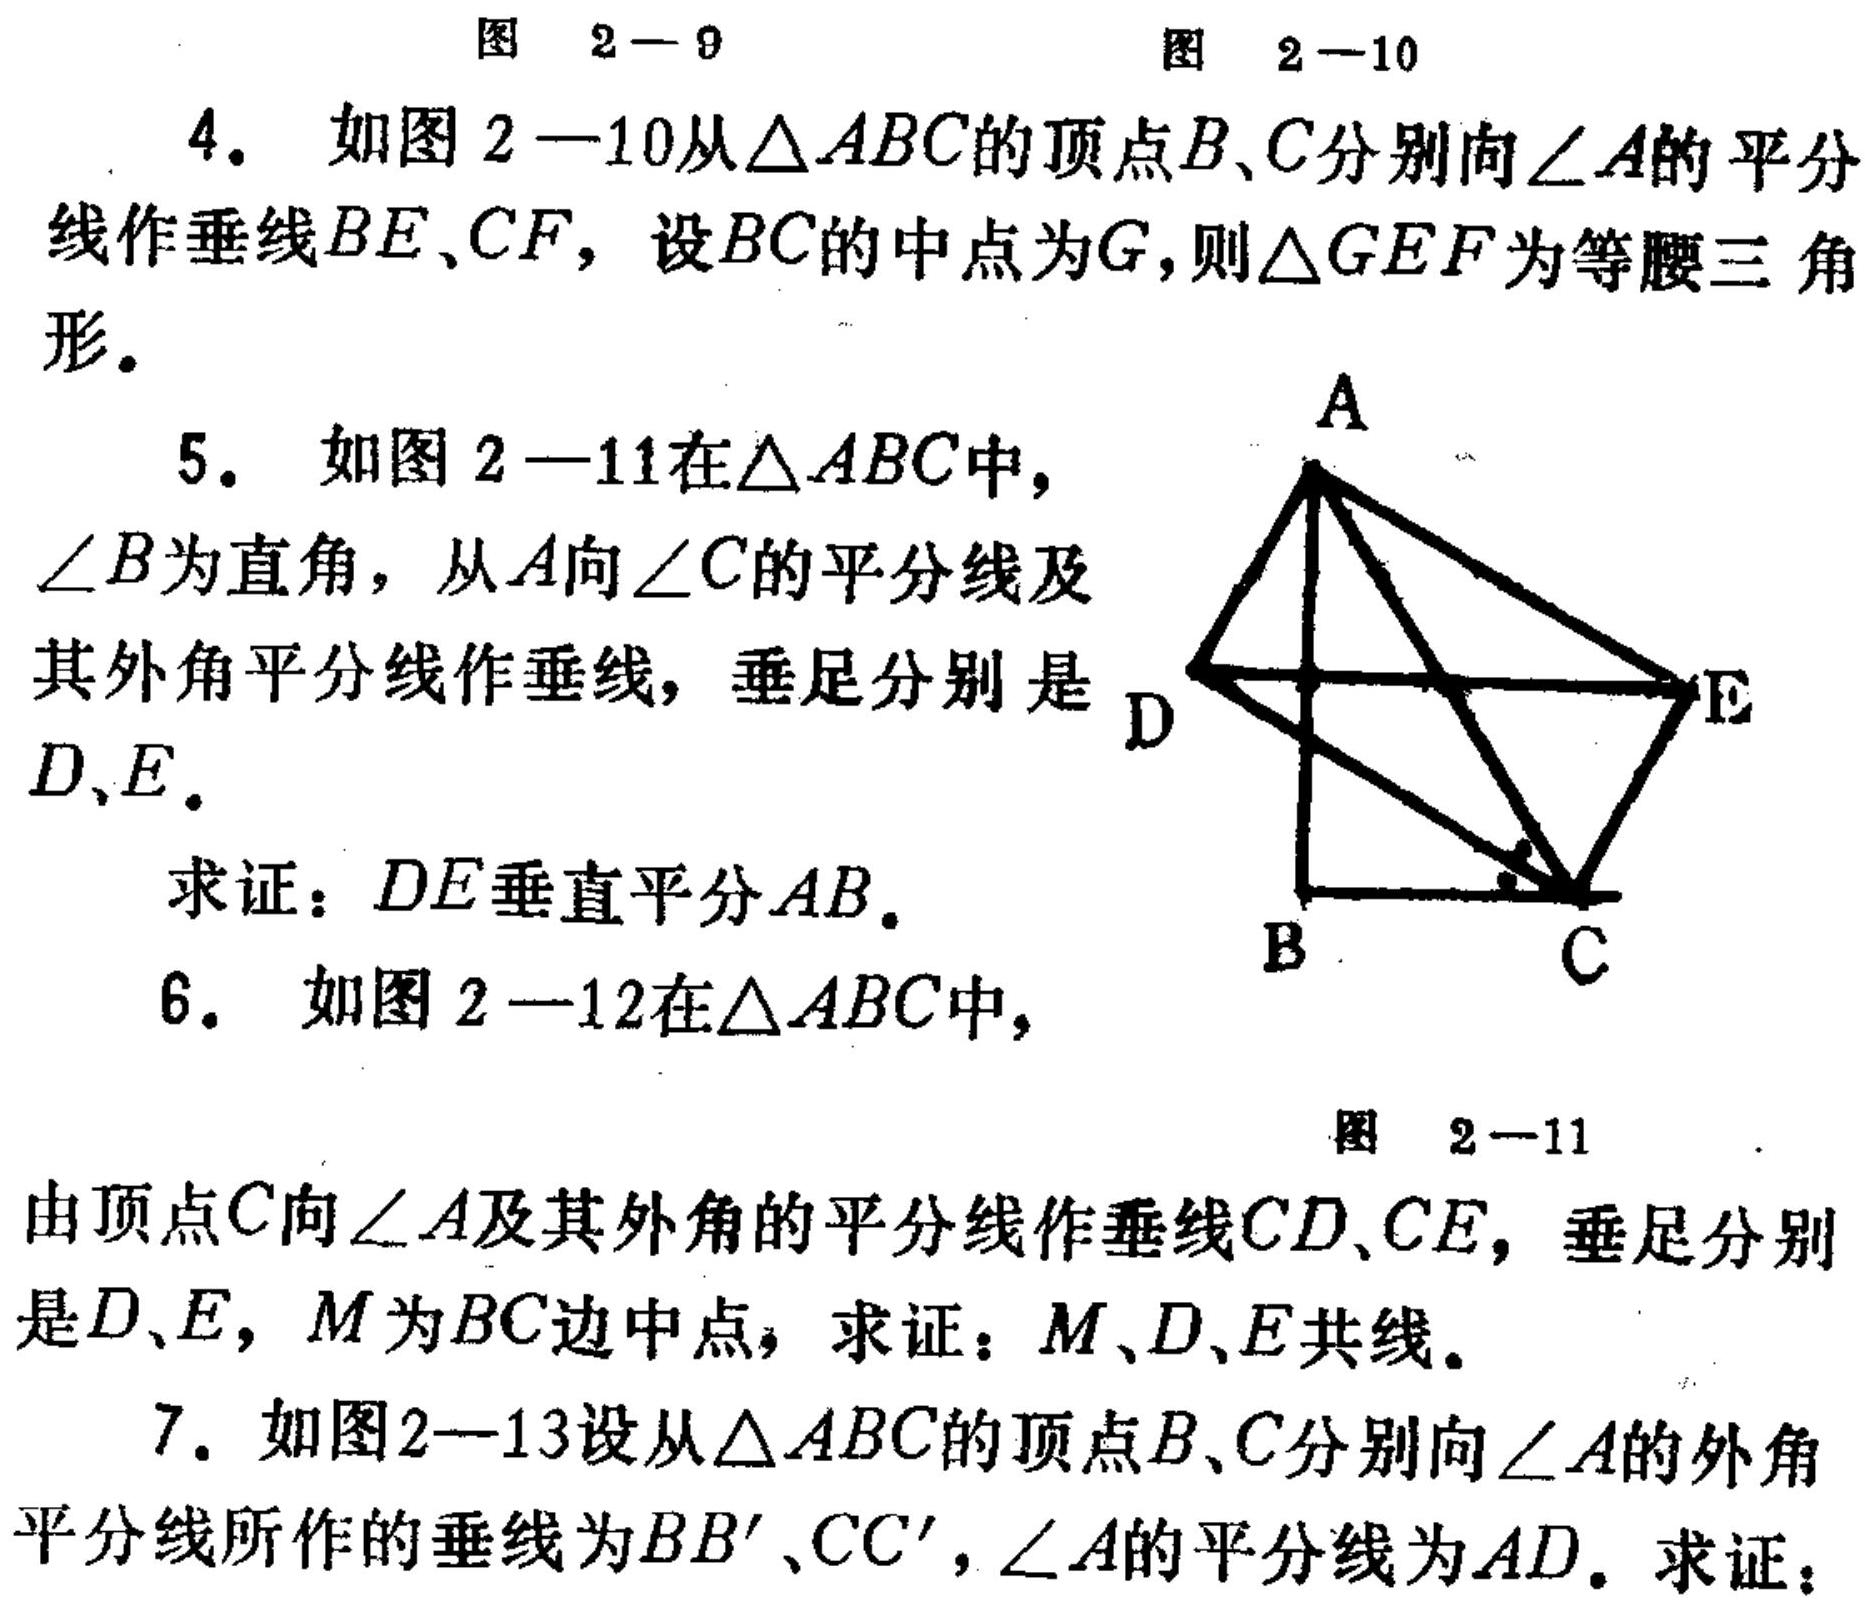
图 2 - 9  图 2 - 10
4. 如图$2 - 10$从$\triangle ABC$的顶点$B$、$C$分别向$\angle A$的平分线作垂线$BE$、$CF$，设$BC$的中点为$G$，则$\triangle GEF$为等腰三角形。
5. 如图$2 - 11$在$\triangle ABC$中，
$\angle B$为直角，从$A$向$\angle C$的平分线及其外角平分线作垂线，垂足分别是$D$、$E$.
求证：$DE$垂直平分$AB$.
6. 如图$2 - 12$在$\triangle ABC$中，
由顶点$C$向$\angle A$及其外角的平分线作垂线$CD$、$CE$，垂足分别是$D$、$E$，$M$为$BC$边中点，求证：$M$、$D$、$E$共线。
7. 如图$2 - 13$设从$\triangle ABC$的顶点$B$、$C$分别向$\angle A$的外角平分线所作的垂线为$BB'$、$CC'$，$\angle A$的平分线为$AD$. 求证：
  <img src="https://pic2.zhimg.com/v2-8c89969c869999699699996996999999_b.jpg" width="200">
图 2 - 11